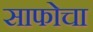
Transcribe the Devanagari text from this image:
साफोचा